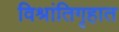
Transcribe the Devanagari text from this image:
विश्रांतिगृहात